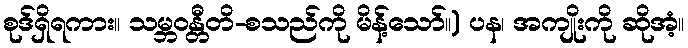
စုဒ်ရှိရကား။ သမ္ဘဝန္တီတိ-စသည်ကို မိန့်သော်။) ပန၊ အကျိုးကို ဆိုအံ့။